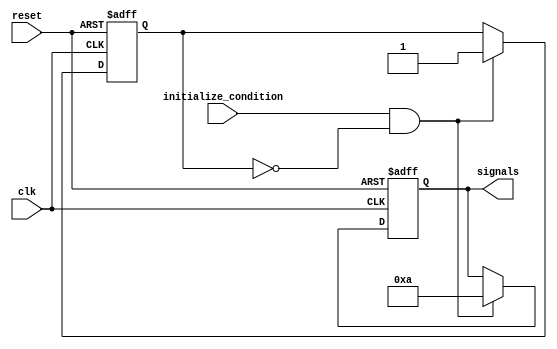
module ConditionalInitialization #(
    parameter NUM_SIGNALS = 4 // Number of signals to initialize
) (
    input wire clk,                   // Clock signal
    input wire reset,                 // Asynchronous reset
    input wire initialize_condition,   // Condition to trigger initialization
    output reg [NUM_SIGNALS-1:0] signals // Signals to be initialized
);

    // Internal state variable to track initialization status
    reg initialized;

    // Initial block (for simulation purposes, if needed)
    initial begin
        signals = 0; // Default initialization
        initialized = 0;
    end

    always @(posedge clk or posedge reset) begin
        if (reset) begin
            // Handle reset condition
            signals <= 0;           // Clear all signals on reset
            initialized <= 0;       // Reset initialization status
        end else if (initialize_condition && !initialized) begin
            // Conditional initialization logic
            signals <= {1'b1, 1'b0, 1'b1, 1'b0}; // Example initialization
            initialized <= 1;       // Set initialized flag after execution
        end
    end

endmodule